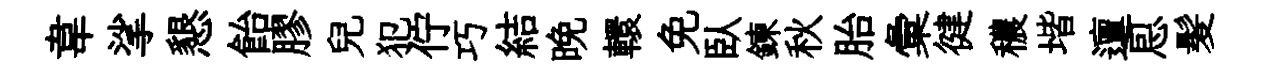
韋挲懇飴膠兒犯佇巧結晚轘免臥鍊秋胎彙徤穠堦邅㤙髪